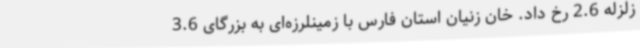
زلزله 2.6 رخ داد. خان زنیان استان فارس با زمینلرزه‌ای به بزرگای 3.6